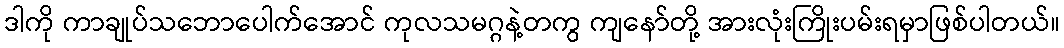
ဒါကို ကာချုပ်သဘောပေါက်အောင် ကုလသမဂ္ဂနဲ့တကွ ကျနော်တို့ အားလုံးကြိုးပမ်းရမှာဖြစ်ပါတယ်။